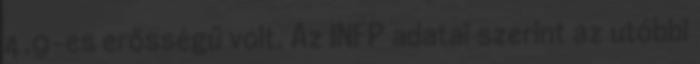
4,9-es erősségű volt. Az INFP adatai szerint az utóbbi